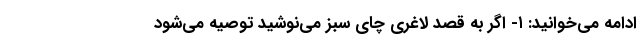
ادامه می‌خوانید: ۱- اگر به قصد لاغری چای سبز می‌نوشید توصیه می‌شود